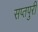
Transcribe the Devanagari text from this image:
सप्तपुरी